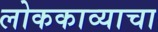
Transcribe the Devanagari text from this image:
लोककाव्याचा